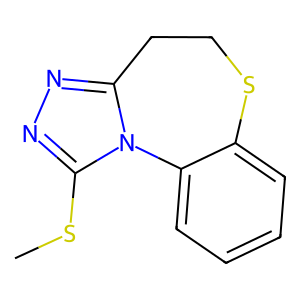
SMILES: CSc1nnc2n1-c1ccccc1SCC2
Inhibits HIV replication: No